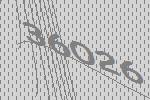
36026